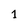
Character: 1